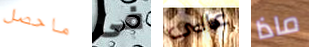
ماحصل فى عالى ماذا